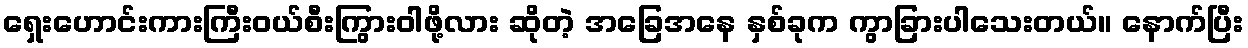
ရှေးဟောင်းကားကြီးဝယ်စီးကြွားဝါဖို့လား ဆိုတဲ့ အခြေအနေ နှစ်ခုက ကွာခြားပါသေးတယ်။ နောက်ပြီး